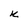
Character: k